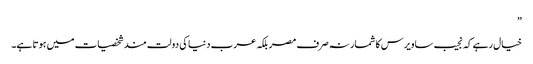
”
خیال رہے کہ نجیب ساویرس کا شمار نہ صرف مصر بلکہ عرب دنیا کی دولت مند شخصیات میں ہوتا ہے۔